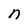
Character: n